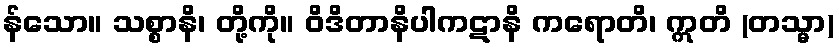
န်သော။ သစ္စာနိ၊ တို့ကို။ ဝိဒိတာနိပါကဋာနိ ကရောတိ၊ ဣတိ (တသ္မာ)